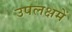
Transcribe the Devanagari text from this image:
उपलक्षमें